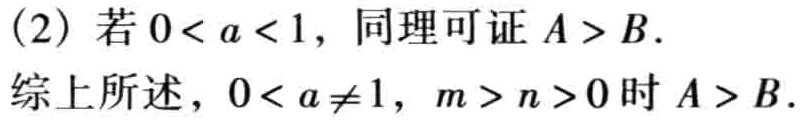
(2) 若 \(0 < a < 1\)，同理可证 \(A > B\).
综上所述，\(0 < a \neq 1\)，\(m > n > 0\) 时 \(A > B\).